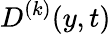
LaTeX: D^{(k)}(y,t)